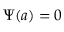
\Psi ( a ) = 0